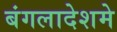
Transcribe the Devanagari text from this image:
बंगलादेशमे